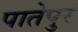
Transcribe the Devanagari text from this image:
पातेपुर